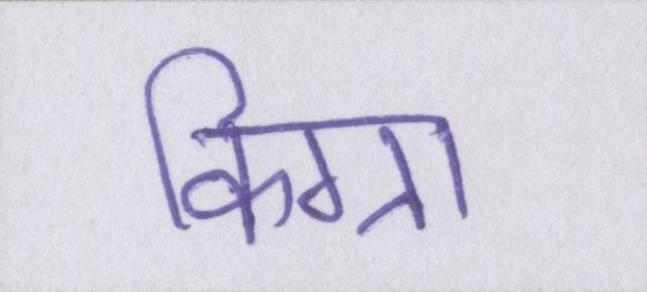
किग्रा